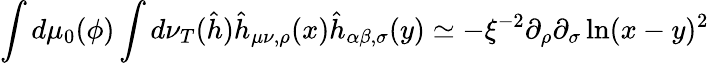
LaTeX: \int d\mu_{0}(\phi)\int d\nu_{T}(\hat{h})\hat{h}_{\mu\nu,\rho}(x)\hat{h}_{\alpha\beta,\sigma}(y)\simeq-\xi^{-2}\partial_{\rho}\partial_{\sigma}\ln(x-y)^{2}